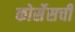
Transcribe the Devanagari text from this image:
कोर्सेसची